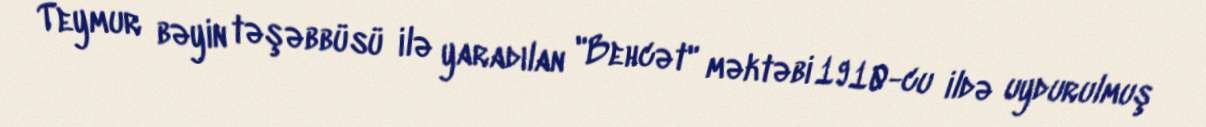
Teymur bəyin təşəbbüsü ilə yaradılan "Behcət" məktəbi 1910-cu ildə uydurulmuş